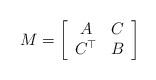
LaTeX: \begin{align*}M=\left[\begin{array}[c]{cc}A & C\\C^{\top} & B\end{array}\right] \end{align*}